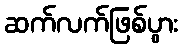
ဆက်လက်ဖြစ်ပွား